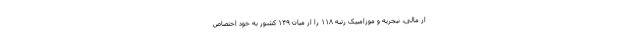
از مالی، نیجریه و موزامبیک رتبه ۱۱۸ را از میان ۱۴۹ کشور به خود اختصاص